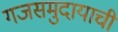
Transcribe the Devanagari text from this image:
गजसमुदायाची